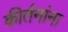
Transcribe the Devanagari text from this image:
कीर्तनांना